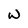
Character: W